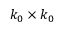
k _ { 0 } \times k _ { 0 }